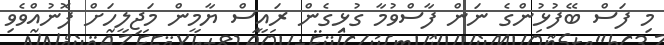
މި ފަސް ބޭފުޅުންގެ ނަން ފާސްވުމާ ގުޅިގެން ރައީސް ޔާމީން މަޖިލީހަށް ފޮނުއްވެވި